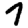
Digit: 7